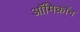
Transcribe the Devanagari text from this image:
ऑमिक्रॉन